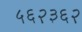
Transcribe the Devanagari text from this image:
५६२३६२